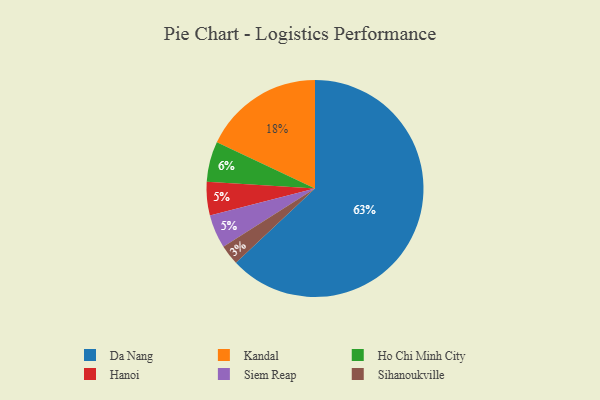
{"axis": {"x": "Category", "y": "Percentage"}, "legend": ["Da Nang", "Hanoi", "Ho Chi Minh City", "Kandal", "Siem Reap", "Sihanoukville"], "data": [{"x": "Da Nang", "y": 63, "type": "Da Nang"}, {"x": "Ho Chi Minh City", "y": 6, "type": "Ho Chi Minh City"}, {"x": "Kandal", "y": 18, "type": "Kandal"}, {"x": "Hanoi", "y": 5, "type": "Hanoi"}, {"x": "Sihanoukville", "y": 3, "type": "Sihanoukville"}, {"x": "Siem Reap", "y": 5, "type": "Siem Reap"}]}